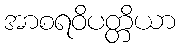
အာစရဝိပတ္တိယာ